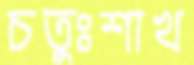
চতুঃশাখ